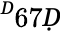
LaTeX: ^Ḋ67Ḍ